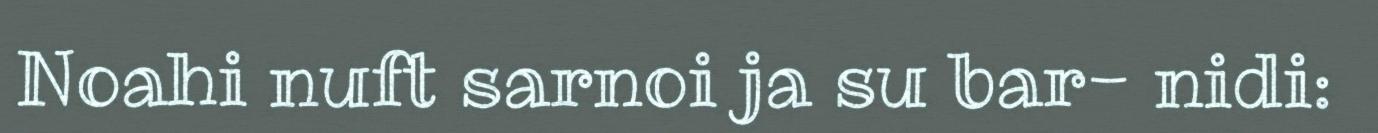
Noahi nuft sarnoi ja su bar- nidi: